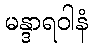
မန္ဒာရဝါနံ